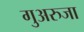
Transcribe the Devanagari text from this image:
गुअरुजा